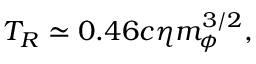
T _ { R } \simeq 0 . 4 6 c \eta m _ { \phi } ^ { 3 / 2 } ,